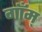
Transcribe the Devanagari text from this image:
गाँम्